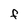
Character: f